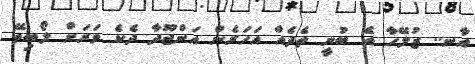
އާނ.. ޒުލޭހާ އެ ބުނީ ތެދެއް އަހަރެން އަންޖޫދާ ދެކެ ވަރަށް ލޯބިވޭ